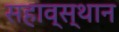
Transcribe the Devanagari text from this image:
सहाव्स्थान